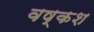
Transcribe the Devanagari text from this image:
वष्कश